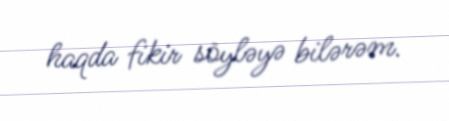
haqda fikir söyləyə bilərəm.